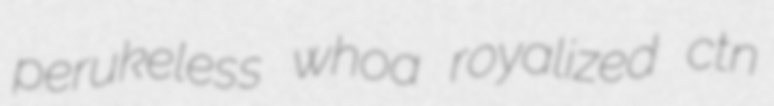
perukeless whoa royalized ctn